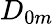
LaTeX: D_{0m}